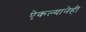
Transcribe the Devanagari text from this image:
ऐकल्यानेही